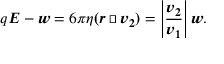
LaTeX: q { \boldsymbol { E } } - { \boldsymbol { w } } = 6 \pi \eta { \boldsymbol { ( r \cdot v _ { 2 } ) } } = \left| { \boldsymbol { \frac { v _ { 2 } } { v _ { 1 } } } } \right| { \boldsymbol { w } } .